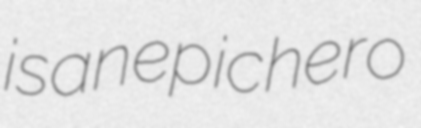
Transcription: is an epic hero